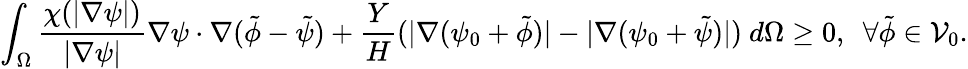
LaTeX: \int_{\Omega}\frac{\chi(|\nabla\psi|)}{|\nabla\psi|}\nabla\psi\cdot\nabla(\tilde{\phi}-\tilde{\psi})+\frac{Y}{H}(|\nabla(\psi_{0}+\tilde{\phi})|-|\nabla(\psi_{0}+\tilde{\psi})|)~d\Omega\ge 0,~~\forall\tilde{\phi}\in\mathcal{V}_{0}.